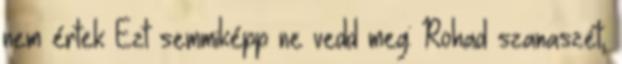
nem értek Ezt semmiképp ne vedd meg: Rohad szanaszét,